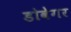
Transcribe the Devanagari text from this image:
डोवेगर